Source: Handwritten
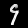
Digit: ၄ (4)